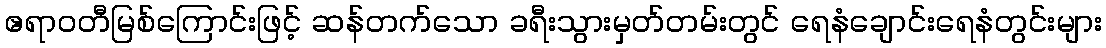
ဧရာဝတီမြစ်ကြောင်းဖြင့် ဆန်တက်သော ခရီးသွားမှတ်တမ်းတွင် ရေနံချောင်းရေနံတွင်းများ